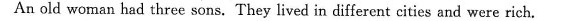
An old woman had three sons. They lived in different cities and were rich.